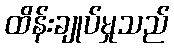
ထိန်းချုပ်မှုသည်